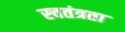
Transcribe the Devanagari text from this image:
स्चतंत्रता